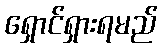
ရှောင်ရှားရမည်